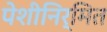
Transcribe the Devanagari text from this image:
पेशीनिर्मित